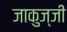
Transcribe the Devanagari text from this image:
जाकुज्जी